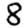
Digit: 8